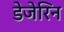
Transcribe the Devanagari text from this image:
डेजेरिन